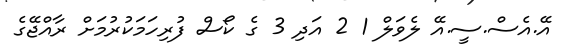
އޭ.އެސް.ސީ.އޭ ލެވަލް 1 2 އަދި 3 ގެ ކޯސް ފުރިހަމަކުރުމަށް ރާއްޖޭގެ